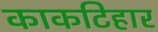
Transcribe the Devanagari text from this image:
काकटिहार